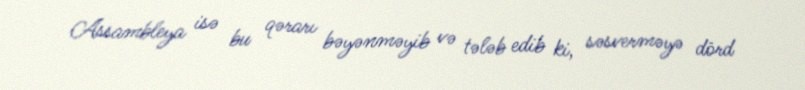
Assambleya isə bu qərarı bəyənməyib və tələb edib ki, səsverməyə dörd